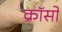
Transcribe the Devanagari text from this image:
क्रॉसो